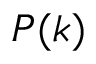
P ( k )